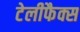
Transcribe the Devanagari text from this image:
टेलीफैक्स